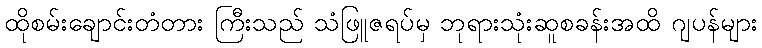
ထိုစမ်းချောင်းတံတား ကြီးသည် သံဖြူဇရပ်မှ ဘုရားသုံးဆူစခန်းအထိ ဂျပန်များ